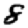
Digit: 8